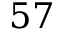
5 7